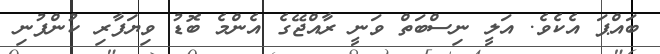
ބައްޕަ އެކެވެ. އަލީ ނިސްބަތް ވަނީ ރާއްޖޭގެ އެންމެ ބޮޑު ވިޔަފާރި ކުންފުނި